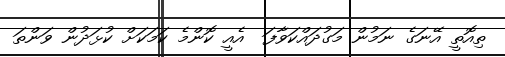
ތިއޮތީ އޭނަގެ ނަމުން މަގުދައްކަވާފަ  އެއީ ކޮންމެ ކަމަކަށް ކުޅަދުން ވަންތަ